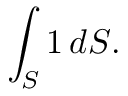
\int _ { S } 1 \, d S .